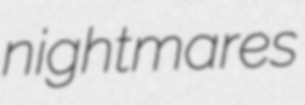
nightmares